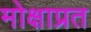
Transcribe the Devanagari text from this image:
मोक्षाप्रत